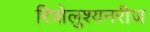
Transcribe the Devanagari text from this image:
रिवोलुश्यनरीज